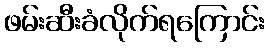
ဖမ်းဆီးခံလိုက်ရကြောင်း